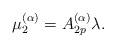
LaTeX: \begin{align*}\mu_2^{(\alpha)}= A_{2p}^{(\alpha)} \lambda.\end{align*}